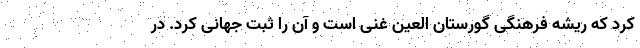
کرد که ریشه فرهنگی گورستان العین غنی است و آن را ثبت جهانی کرد. در